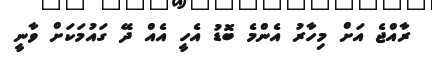
ރާއްޖެ އަށް މިހާރު އެންމެ ބޮޑު އެހީ އެއް ދޭ ގައުމަކަށް ވާނީ